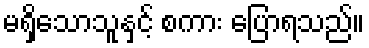
မရှိသောသူနှင့် စကား ပြောရသည်။